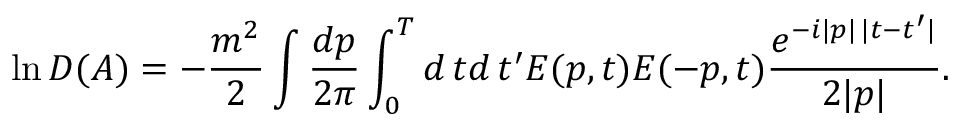
\ln D ( A ) = - \frac { m ^ { 2 } } 2 \int \frac { d p } { 2 \pi } \int _ { 0 } ^ { T } d \, t d \, t ^ { \prime } E ( p , t ) E ( - p , t ) \frac { e ^ { - i | p | \, | t - t ^ { \prime } | } } { 2 | p | } .